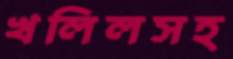
খলিলসহ